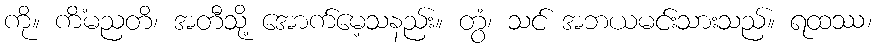
ကို။ ကိံမညတိ၊ အတီသို့ အောက်မေ့သနည်း။ တွံ၊ သင် အဘယမင်းသားသည်။ ရထဿ၊